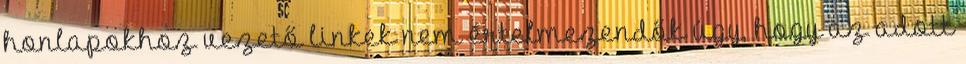
honlapokhoz vezető linkek nem értelmezendők úgy, hogy az adott